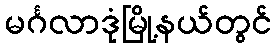
မင်္ဂလာဒုံမြို့နယ်တွင်